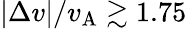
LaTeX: |\Delta v|/v_{\mathrm{A}}\gtrsim 1.75